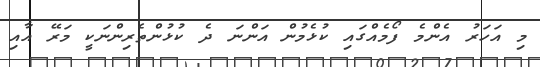
މި އަހަރު އެންމެ ފޯމެއްގައި ކުޅެމުން އަންނަ ދެ ކުޅުންތެރިންނަކީ މަރޭ އާއި